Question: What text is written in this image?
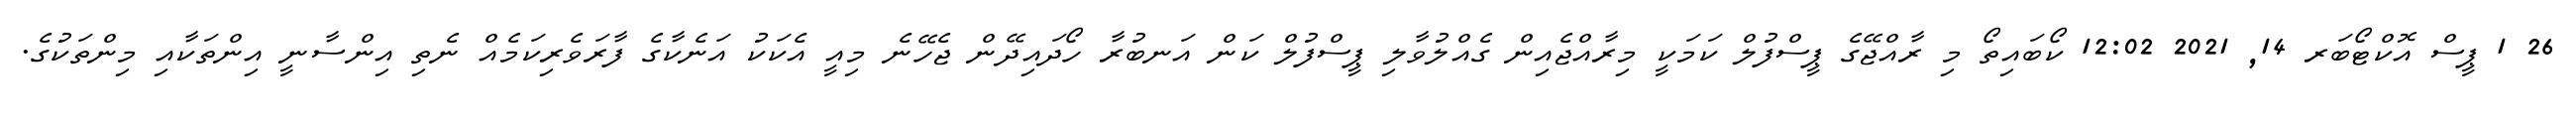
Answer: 26 1 ޕީސް އޮކްޓޯބަރ 14, 2021 12:02 ކޯބައިތޯ މި ރާއްޖޭގެ ޕީސްފުލް ކަމަކީ މިރާއްޖެއިން ގެއްލުވާލި ޕީސްފުލް ކަން އަނބުރާ ހޯދައިދޭން ޖެހޭނެ މިއީ އެކަކު އަނެކާގެ ފާރަވެރިކަމެއް ނެތި އިންސާނީ އިންތަކާއި މިންތަކުގެ.